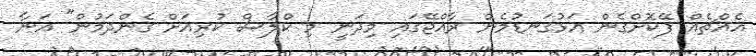
އެއްޗެއް ޕޭކޮށްގެން އަޅުގަނޑުމެން ރާއްޖޭގައި މިދަނީ މި ކްލާސް ކުރިއަށް ގެންދަމުން" އަނާ